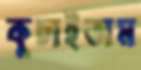
কুচাইতাম